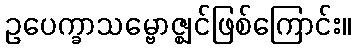
ဥပေက္ခာသမ္ဗောဇ္ဈင်ဖြစ်ကြောင်း။